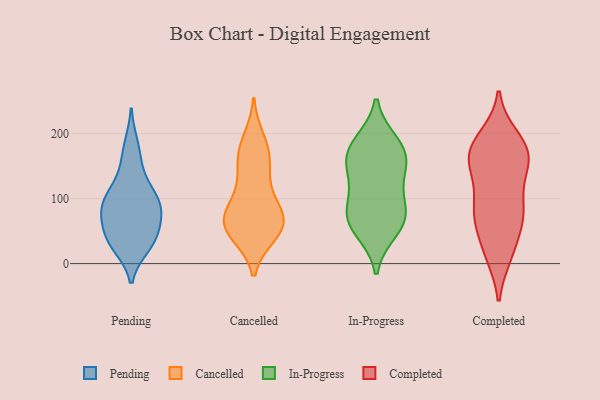
{"axis": {"x": "Energy Usage (MWh)", "y": "Value"}, "legend": ["Cancelled", "Completed", "In-Progress", "Pending"], "data": [{"x": "", "y": 124, "type": "Pending"}, {"x": "", "y": 60, "type": "Pending"}, {"x": "", "y": 98, "type": "Pending"}, {"x": "", "y": 85, "type": "Pending"}, {"x": "", "y": 183, "type": "Pending"}, {"x": "", "y": 41, "type": "Pending"}, {"x": "", "y": 32, "type": "Pending"}, {"x": "", "y": 98, "type": "Pending"}, {"x": "", "y": 32, "type": "Pending"}, {"x": "", "y": 156, "type": "Pending"}, {"x": "", "y": 101, "type": "Pending"}, {"x": "", "y": 68, "type": "Pending"}, {"x": "", "y": 79, "type": "Pending"}, {"x": "", "y": 26, "type": "Pending"}, {"x": "", "y": 47, "type": "Cancelled"}, {"x": "", "y": 67, "type": "Cancelled"}, {"x": "", "y": 129, "type": "Cancelled"}, {"x": "", "y": 101, "type": "Cancelled"}, {"x": "", "y": 150, "type": "Cancelled"}, {"x": "", "y": 78, "type": "Cancelled"}, {"x": "", "y": 56, "type": "Cancelled"}, {"x": "", "y": 46, "type": "Cancelled"}, {"x": "", "y": 74, "type": "Cancelled"}, {"x": "", "y": 66, "type": "Cancelled"}, {"x": "", "y": 190, "type": "Cancelled"}, {"x": "", "y": 57, "type": "Cancelled"}, {"x": "", "y": 176, "type": "Cancelled"}, {"x": "", "y": 165, "type": "Cancelled"}, {"x": "", "y": 105, "type": "In-Progress"}, {"x": "", "y": 141, "type": "In-Progress"}, {"x": "", "y": 185, "type": "In-Progress"}, {"x": "", "y": 72, "type": "In-Progress"}, {"x": "", "y": 150, "type": "In-Progress"}, {"x": "", "y": 174, "type": "In-Progress"}, {"x": "", "y": 75, "type": "In-Progress"}, {"x": "", "y": 52, "type": "In-Progress"}, {"x": "", "y": 68, "type": "In-Progress"}, {"x": "", "y": 171, "type": "In-Progress"}, {"x": "", "y": 177, "type": "Completed"}, {"x": "", "y": 14, "type": "Completed"}, {"x": "", "y": 140, "type": "Completed"}, {"x": "", "y": 15, "type": "Completed"}, {"x": "", "y": 166, "type": "Completed"}, {"x": "", "y": 67, "type": "Completed"}, {"x": "", "y": 19, "type": "Completed"}, {"x": "", "y": 60, "type": "Completed"}, {"x": "", "y": 173, "type": "Completed"}, {"x": "", "y": 82, "type": "Completed"}, {"x": "", "y": 76, "type": "Completed"}, {"x": "", "y": 157, "type": "Completed"}, {"x": "", "y": 152, "type": "Completed"}, {"x": "", "y": 94, "type": "Completed"}, {"x": "", "y": 194, "type": "Completed"}, {"x": "", "y": 149, "type": "Completed"}, {"x": "", "y": 72, "type": "Completed"}, {"x": "", "y": 175, "type": "Completed"}, {"x": "", "y": 190, "type": "Completed"}, {"x": "", "y": 101, "type": "Completed"}]}